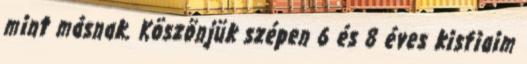
mint másnak. Köszönjük szépen 6 és 8 éves kisfiaim